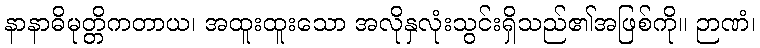
နာနာဓိမုတ္တိကတာယ၊ အထူးထူးသော အလိုနှလုံးသွင်းရှိသည်၏အဖြစ်ကို။ ဉာဏံ၊